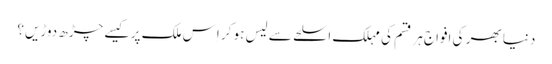
دنیا بھر کی افواج ہر قسم کی مہلک اسلحے سے لیس ہو کر اِس ملک پر کیسے چڑھ دوڑیں؟